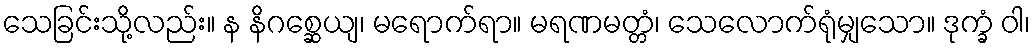
သေခြင်းသို့လည်း။ န နိဂစ္ဆေယျ၊ မရောက်ရာ။ မရဏမတ္တံ၊ သေလောက်ရုံမျှသော။ ဒုက္ခံ ဝါ၊